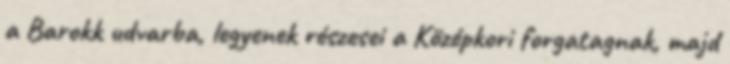
a Barokk udvarba, legyenek részesei a Középkori forgatagnak, majd